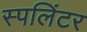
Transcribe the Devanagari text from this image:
स्पलिंटर